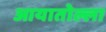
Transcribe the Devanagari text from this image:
आयातोल्ला